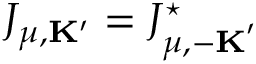
J _ { \mu , { \bf K } ^ { \prime } } = J _ { \mu , { - \bf K } ^ { \prime } } ^ { \star }